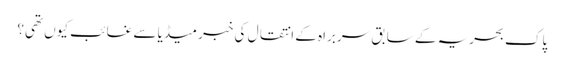
پاک بحریہ کے سابق سربراہ کے انتقال کی خبر میڈیا سے غائب کیوں تھی؟